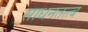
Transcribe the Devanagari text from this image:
साधनतत्त्ब